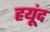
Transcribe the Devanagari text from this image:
हयूंद